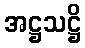
အဋ္ဌသဋ္ဌိ